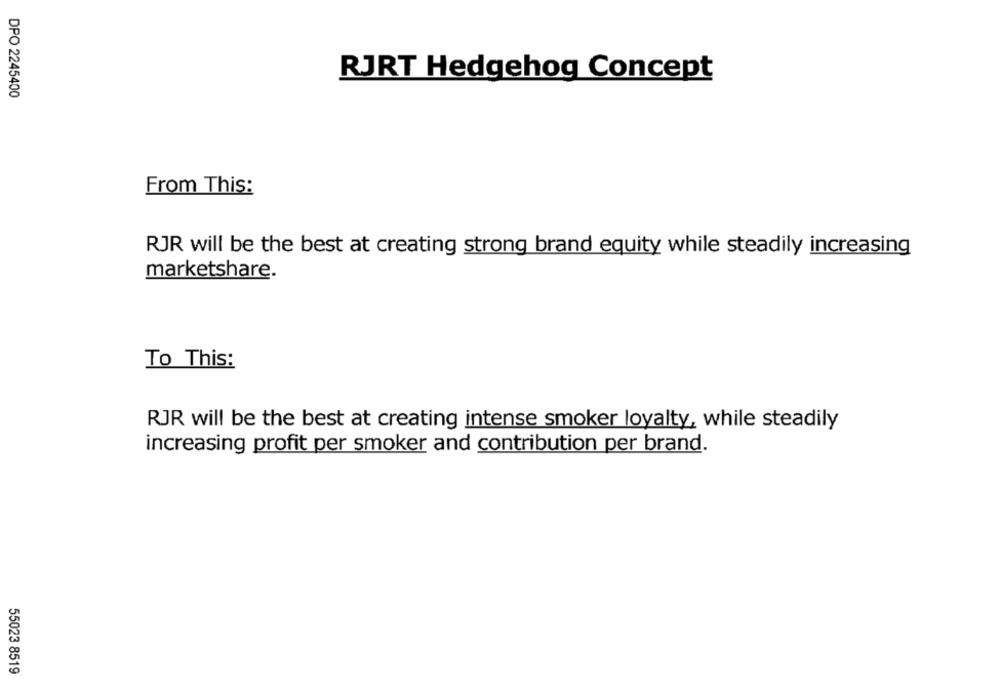
RJRT Hedgehog Concept
DPO 2245400
From This:
RJR will be the best at creating strong brand equity while steadily increasing
marketshare.
To This:
RJR will be the best at creating intense smoker loyalty, while steadily
increasing profit per smoker and contribution per brand.
55023 8519